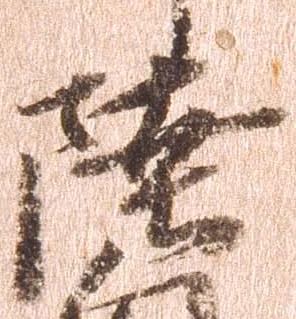
陸